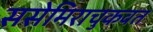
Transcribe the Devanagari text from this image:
ससेमिराचुकवत